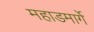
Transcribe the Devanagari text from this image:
महाडमार्गे